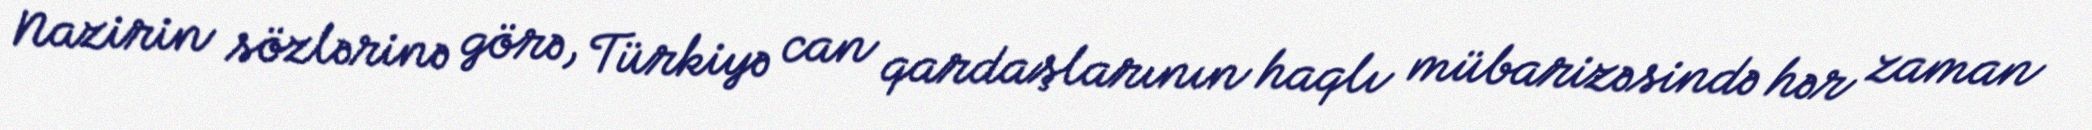
Nazirin sözlərinə görə, Türkiyə can qardaşlarının haqlı mübarizəsində hər zaman